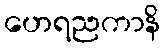
ဟေရညကာနိ